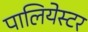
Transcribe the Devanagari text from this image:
पालियेस्टर